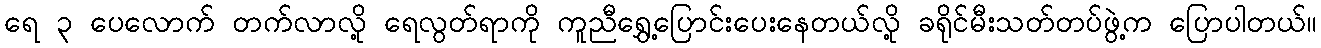
ရေ ၃ ပေလောက် တက်လာလို့ ရေလွတ်ရာကို ကူညီရွှေ့ပြောင်းပေးနေတယ်လို့ ခရိုင်မီးသတ်တပ်ဖွဲ့က ပြောပါတယ်။